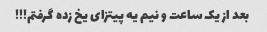
بعد از یک ساعت و نیم یه پیتزای یخ زده گرفتم!!!